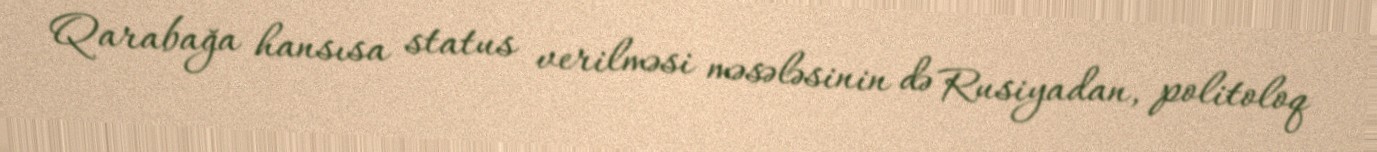
Qarabağa hansısa status verilməsi məsələsinin də Rusiyadan, politoloq